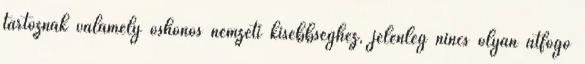
tartoznak valamely őshonos nemzeti kisebbséghez, jelenleg nincs olyan átfogó